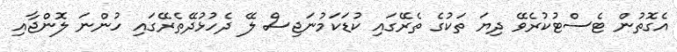
އެގޮތުން ޓެސްޓުކުރެވޭ ދިޔަ ތަކުގެ ތެރޭގައި ކުޑަކަމުނަޖިސް ލޭ ދެހުޅުދޭތެރޭގައި ހުންނަ ލޮންޖާއި